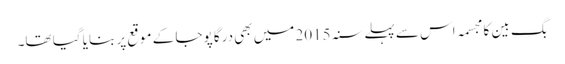
بگ بین کا مجسمہ اس سے پہلے سنہ 2015 میں بھی درگا پوجا کے موقع پر بنایا گیا تھا۔